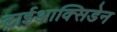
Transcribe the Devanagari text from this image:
ट्राईआक्सिडेन